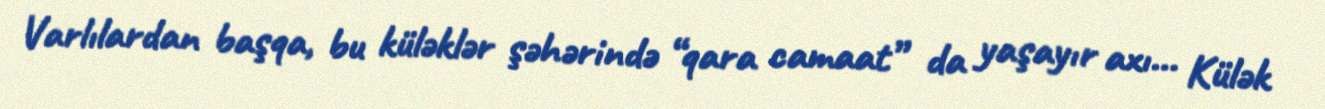
Varlılardan başqa, bu küləklər şəhərində “qara camaat” da yaşayır axı... Külək